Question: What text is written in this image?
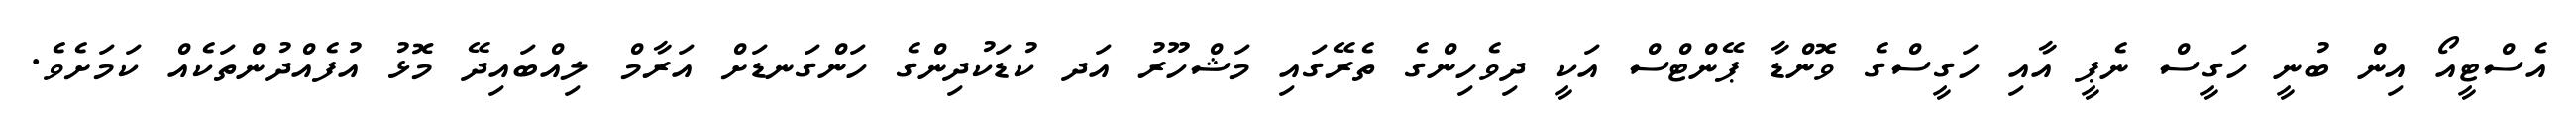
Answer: އެސްޓީއޯ އިން ބުނީ ހަގީސް ނެޕީ އާއި ހަގީސްގެ ވޮންޑާ ޕޭންޓްސް އަކީ ދިވެހިންގެ ތެރޭގައި މަޝްހޫރު އަދ ކުޑަކުދިންގެ ހަންގަނޑަށް އަރާމް ލިއްބައިދޭ މޮޅު އުފެއްދުންތަކެއް ކަމަށެވެ.